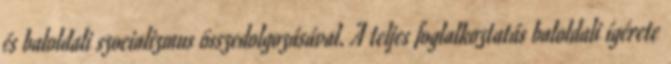
és baloldali szocializmus összedolgozásával. A teljes foglalkoztatás baloldali ígérete